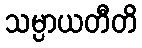
သမ္ပာယတီတိ